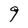
Character: 9